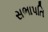
સભાપતિ